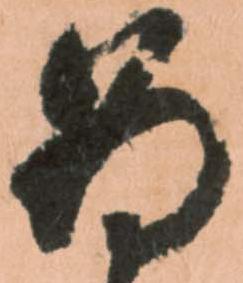
為